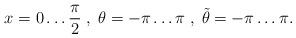
LaTeX: \begin{align*}x = 0\ldots \frac{\pi}{2}\; ,\; \theta = -\pi \ldots \pi \; ,\;\tilde{\theta} = -\pi \ldots \pi .\end{align*}